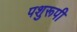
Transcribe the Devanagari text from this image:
पशुरूपी